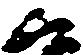
候